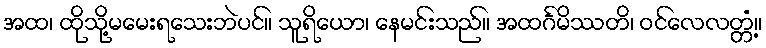
အထ၊ ထိုသို့မမေးရသေးဘဲပင်။ သူရိယော၊ နေမင်းသည်။ အထင်္ဂမိဿတိ၊ ဝင်လေလတ္တံ့။